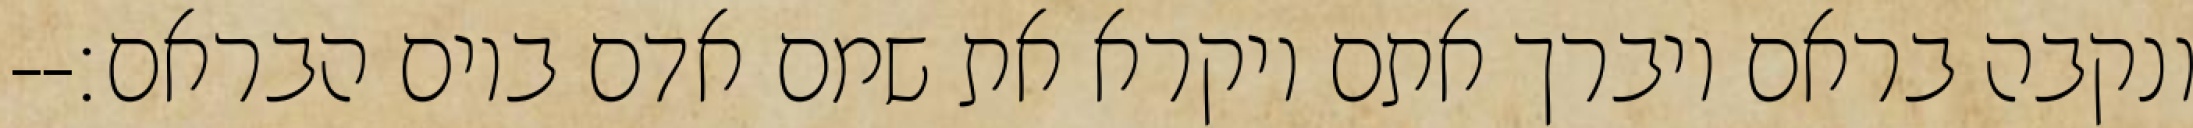
ונקבה בראם ויברך אתם ויקרא את שמם אדם ביום הבראם׃--